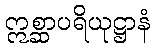
ဣစ္ဆာပရိယုဋ္ဌာနံ